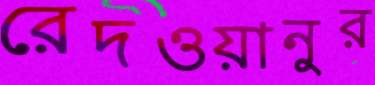
রেদওয়ানুর